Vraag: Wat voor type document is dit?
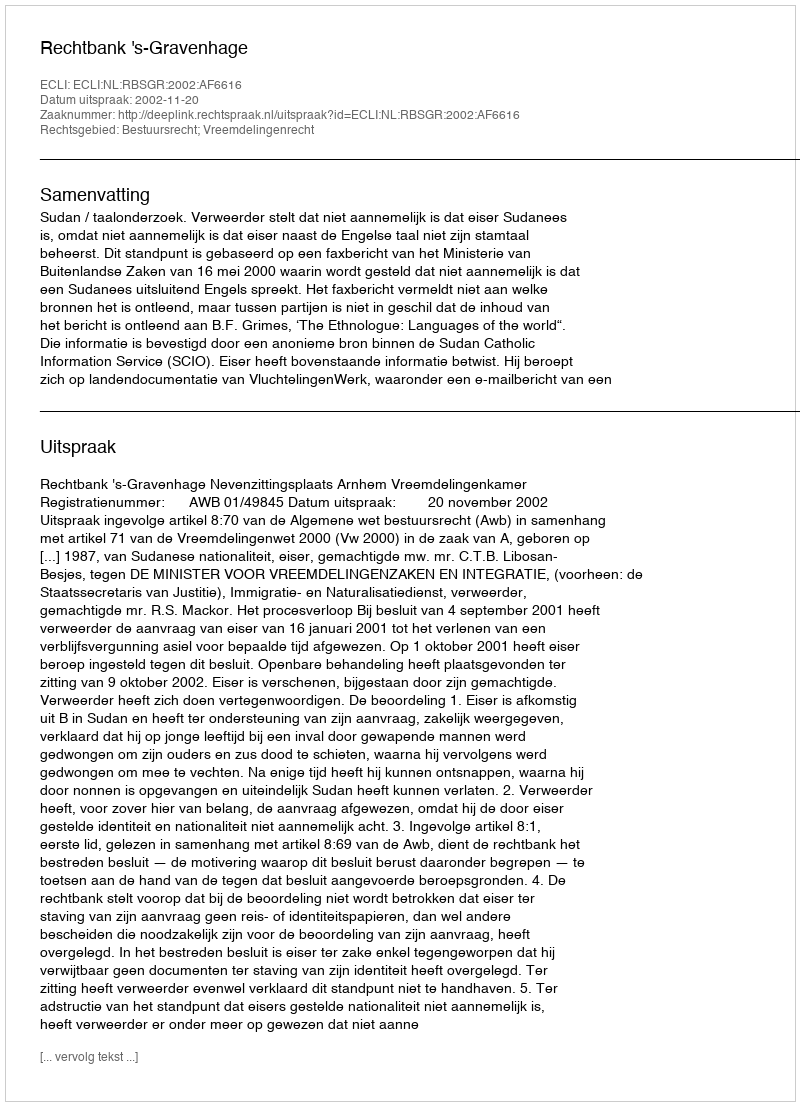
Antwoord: Uitspraak